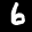
Label: 6